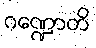
ဂဏ္ဍောတိ